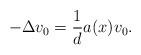
LaTeX: \begin{align*}-\Delta v_{0}=\frac{1}{d}a(x)v_{0}.\end{align*}